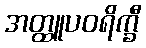
အတ္ထူပဝရိက္ခီ